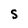
Character: S